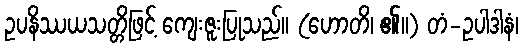
ဥပနိဿယသတ္တိဖြင့် ကျေးဇူးပြုသည်။ (ဟောတိ၊ ၏။) တံ-ဥပါဒါနံ၊